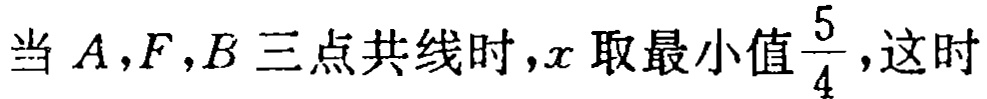
当 \(A,F,B\) 三点共线时，\(x\) 取最小值\(\frac{5}{4}\)，这时